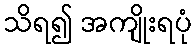
သိရ၍ အကျိုးရပုံ